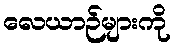
လေယာဉ်များကို